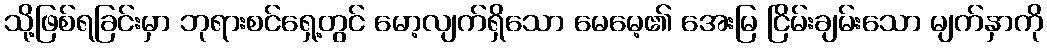
သို့ဖြစ်ရခြင်းမှာ ဘုရားစင်ရှေ့တွင် မော့လျက်ရှိသော မေမေ့၏ အေးမြ ငြိမ်းချမ်းသော မျက်နှာကို